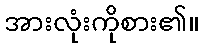
အားလုံးကိုစား၏။